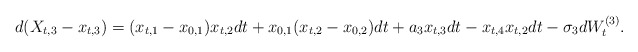
\begin{align*}d(X_{t,3} - x_{t,3}) = (x_{t,1} - x_{0,1})x_{t,2}dt +x_{0,1}(x_{t,2}- x_{0,2})dt + a_3 x_{t,3}dt -x_{t,4}x_{t,2}dt - \sigma_3 dW_t^{(3)}. \end{align*}